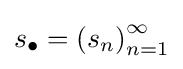
{\textstyle s_{\bullet }=\left(s_{n}\right)_{n=1}^{\infty }}